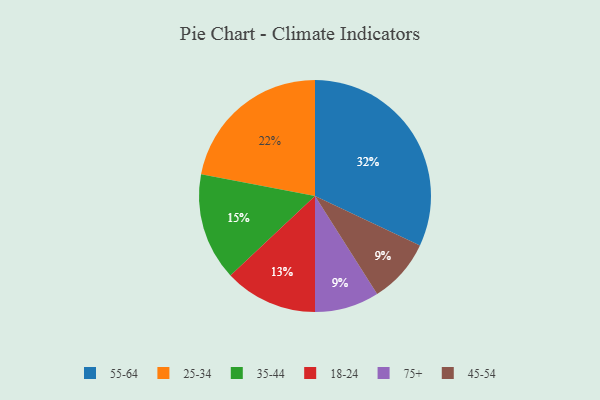
{"axis": {"x": "Category", "y": "Percentage"}, "legend": ["18-24", "25-34", "35-44", "45-54", "55-64", "75+"], "data": [{"x": "18-24", "y": 13, "type": "18-24"}, {"x": "75+", "y": 9, "type": "75+"}, {"x": "35-44", "y": 15, "type": "35-44"}, {"x": "45-54", "y": 9, "type": "45-54"}, {"x": "25-34", "y": 22, "type": "25-34"}, {"x": "55-64", "y": 32, "type": "55-64"}]}